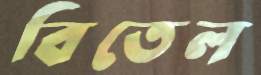
বিতেল